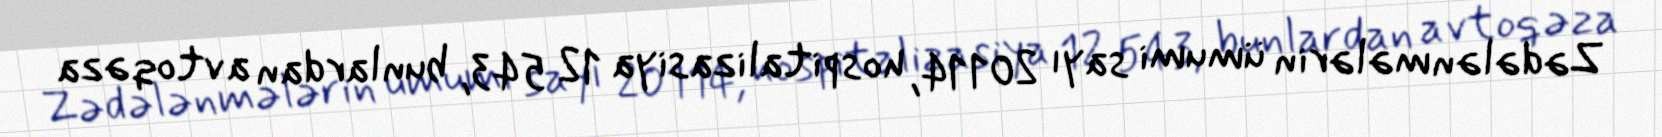
Zədələnmələrin ümumi sayı 20114, hospitalizasiya 12 543, bunlardan avtoqəza